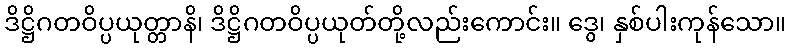
ဒိဋ္ဌိဂတဝိပ္ပယုတ္တာနိ၊ ဒိဋ္ဌိဂတဝိပ္ပယုတ်တို့လည်းကောင်း။ ဒွေ၊ နှစ်ပါးကုန်သော။